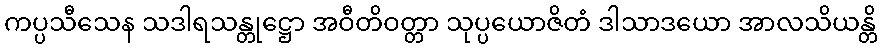
ကပ္ပသီသေန သဒါရသန္တုဋ္ဌော အဝီတိဝတ္တာ သုပ္ပယောဇိတံ ဒါသာဒယော အာလသိယန္တိ